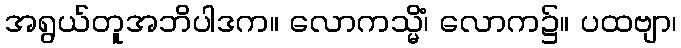
အရွယ်တူအဘိပါဒက။ လောကသ္မိံ၊ လောက၌။ ပထဗျာ၊